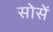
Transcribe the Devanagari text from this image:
सोसें